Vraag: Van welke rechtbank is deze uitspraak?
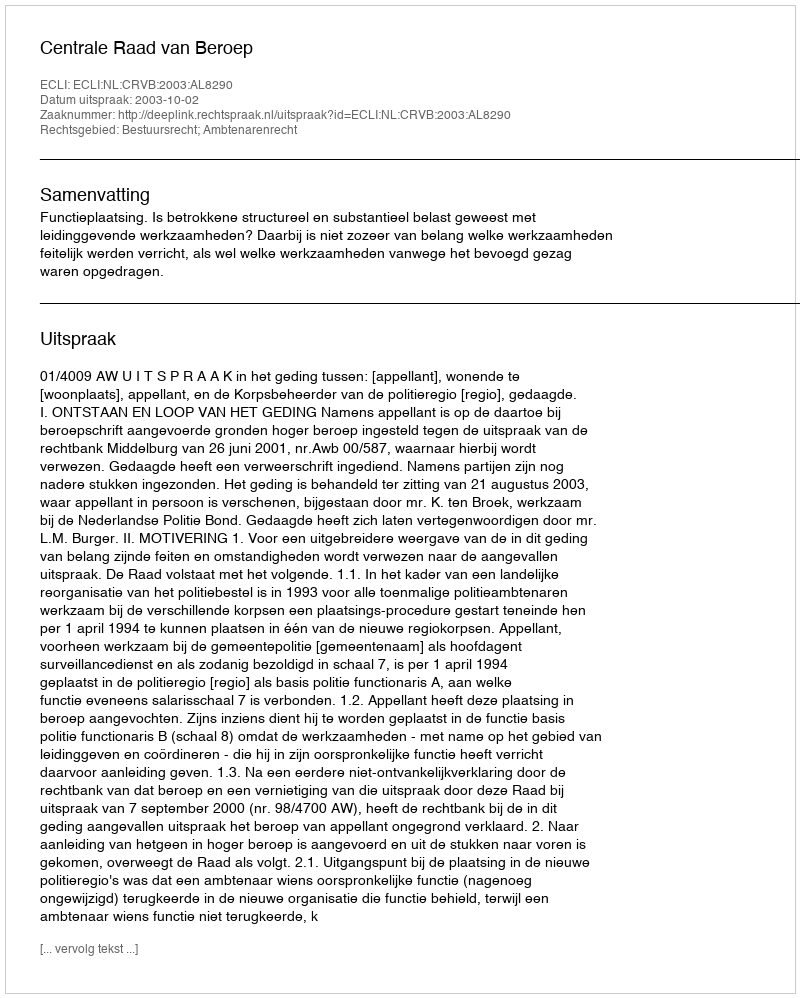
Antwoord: Centrale Raad van Beroep